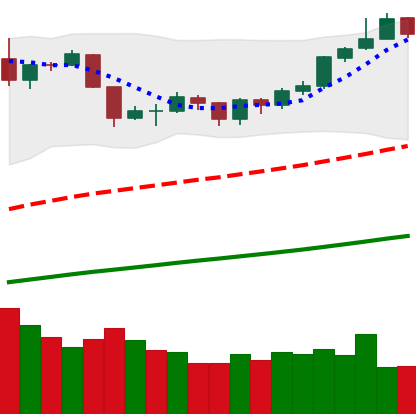
Ticker: BTC-USD
Chart end date: 2019-06-18
Forward return: 19.529%
Label: up_7plus